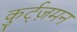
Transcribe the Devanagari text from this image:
कुर्ट्ज़मन